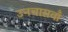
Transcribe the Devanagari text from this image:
उनचासवाँ